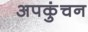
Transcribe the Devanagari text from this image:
अपकुंचन